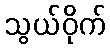
သွယ်ဝိုက်